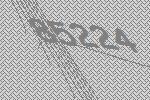
85224